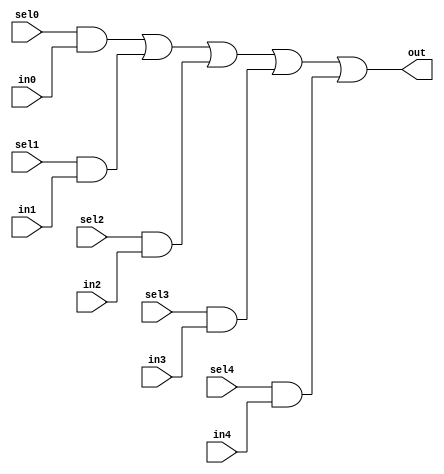
//#############################################################################
//# Function: 5:1 one hot mux                                                 #
//#############################################################################
//# Author:   Andreas Olofsson                                                #
//# License:  MIT (see LICENSE file in OH! repository)                        #
//#############################################################################

module oh_mux5 #(parameter N = 1 ) // width of mux
   (
    input 	    sel4,
    input 	    sel3,
    input 	    sel2,
    input 	    sel1,
    input 	    sel0,
    input [N-1:0]  in4,
    input [N-1:0]  in3,
    input [N-1:0]  in2,
    input [N-1:0]  in1,
    input [N-1:0]  in0,
    output [N-1:0] out  //selected data output
    );

   assign out[N-1:0] = ({(N){sel0}} & in0[N-1:0] |
			 {(N){sel1}} & in1[N-1:0] |
			 {(N){sel2}} & in2[N-1:0] |
			 {(N){sel3}} & in3[N-1:0] |
			 {(N){sel4}} & in4[N-1:0]);

endmodule // mux5